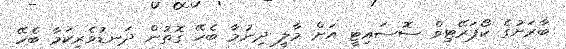
ބާރަށުގެ ކޯޕަރޭޓިވް ސޮސައިޓީ އަށް މާލީ ދިނުމާ ބެހޭ ގޮތުން ދަނޑުވެރިކަމާ ބެހޭ